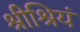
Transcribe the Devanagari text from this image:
श्रीश्रियं